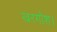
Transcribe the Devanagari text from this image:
खरगोश।